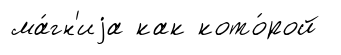
ма́гн'иjа как кото́рой